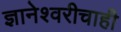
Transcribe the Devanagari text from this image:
ज्ञानेश्वरीचाही